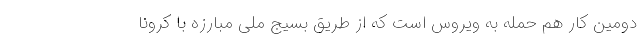
دومین کار هم حمله به ویروس است که از طریق بسیج ملی مبارزه با کرونا